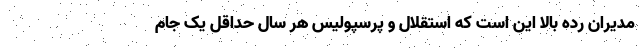
مدیران رده بالا این است که استقلال و پرسپولیس هر سال حداقل یک جام